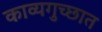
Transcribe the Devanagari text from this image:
काव्यगुच्छात